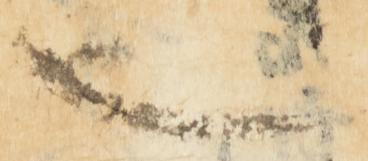
也